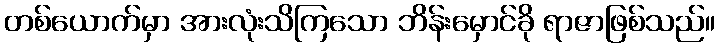
တစ်ယောက်မှာ အားလုံးသိကြသော ဘိန်းမှောင်ခို ရာဇာဖြစ်သည်။